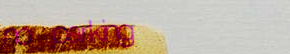
no parking